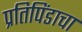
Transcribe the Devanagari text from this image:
प्रतिपिंडाचा